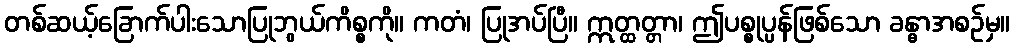
တစ်ဆယ့်ခြောက်ပါးသောပြုဘွယ်ကိစ္စကို။ ကတံ၊ ပြုအပ်ပြီ။ ဣတ္ထတ္တာ၊ ဤပစ္စုပ္ပန်ဖြစ်သော ခန္ဓာအစဉ်မှ။